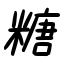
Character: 糖